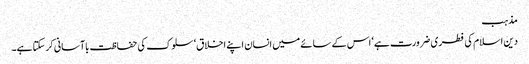
مذہب
دین اسلام کی فطری ضرورت ہے‘ اس کے سائے میں انسان اپنے اخلاق‘ سلوک کی حفاظت باآسانی کرسکتا ہے۔